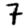
Digit: 7